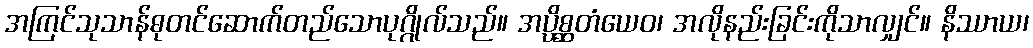
အကြင်သုသာန်ဓုတင်ဆောက်တည်သောပုဂ္ဂိုလ်သည်။ အပ္ပိစ္ဆတံယေဝ၊ အလိုနည်းခြင်းကိုသာလျှင်။ နိဿာယ၊